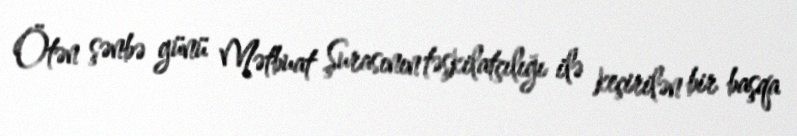
Ötən şənbə günü Mətbuat Şurasının təşkilatçılığı ilə keçirilən bir başqa